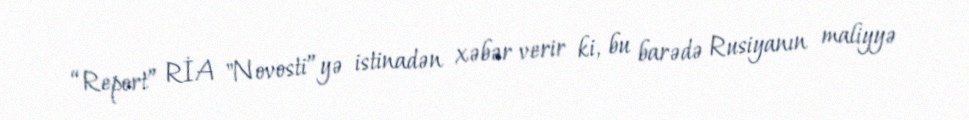
“Report” RİA "Novosti”yə istinadən xəbər verir ki, bu barədə Rusiyanın maliyyə